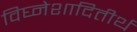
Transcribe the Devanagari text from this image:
विघ्नेशादितीर्थ